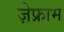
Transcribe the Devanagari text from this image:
ज़ेफ्राम